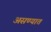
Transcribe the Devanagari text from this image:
असण्यात